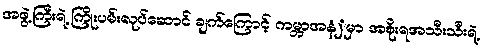
အဖွဲ့ကြီးရဲ့ ကြိုးပမ်းလုပ်ဆောင် ချက်ကြောင့် ကမ္ဘာအနံှမှာ အစိုးရအသီးသီးရဲ့